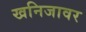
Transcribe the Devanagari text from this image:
खनिजावर